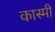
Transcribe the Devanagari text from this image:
कास्‍मी